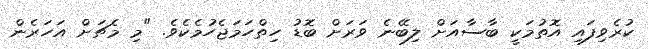
ކުރެވިފައި އޮތުމަކީ ބާސާއަށް ލިބޭނެ ވަރަށް ބޮޑު ހިތްހަމަޖެހުމެކެވެ. "މި މެޗަށް އަހަރެން